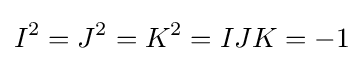
I^{2}=J^{2}=K^{2}=IJK=-1